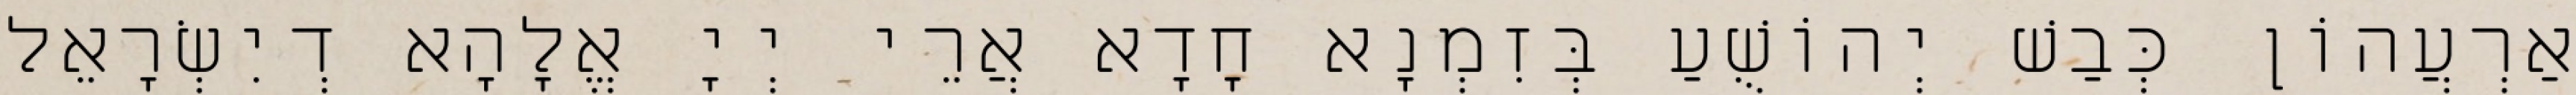
אַרְעֲהוֹן כְּבַשׁ יְהוֹשֻׁעַ בְּזִמְנָא חָדָא אֲרֵי יְיָ אֱלָהָא דְיִשְׂרָאֵל